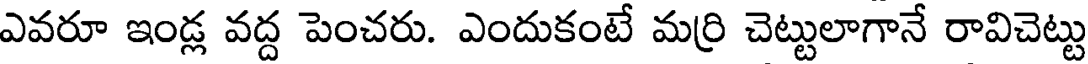
ఎవరూ ఇండ్ల వద్ద పెంచరు. ఎందుకంటే మర్రి చెట్టులాగానే రావిచెట్టు